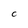
Character: C